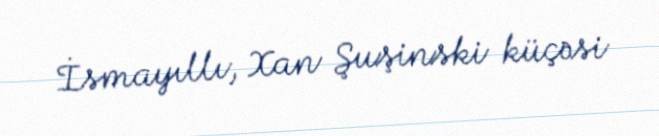
İsmayıllı, Xan Şuşinski küçəsi